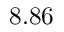
8 . 8 6